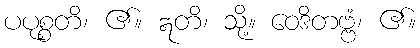
ပပုစ္စတိ၊ ၏။ ဣတိ၊ သို့။ ဝေဒိတဗ္ဗံ၊ ၏။